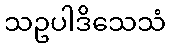
သဥပါဒိသေသံ